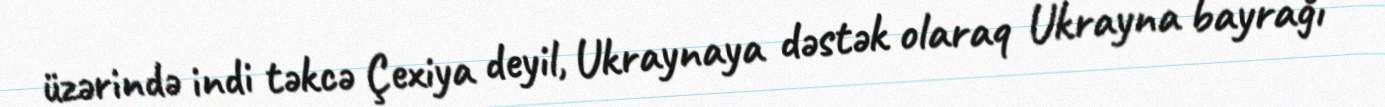
üzərində indi təkcə Çexiya deyil, Ukraynaya dəstək olaraq Ukrayna bayrağı